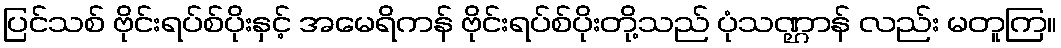
ပြင်သစ် ဗိုင်းရပ်စ်ပိုးနှင့် အမေရိကန် ဗိုင်းရပ်စ်ပိုးတို့သည် ပုံသဏ္ဌာန် လည်း မတူကြ။